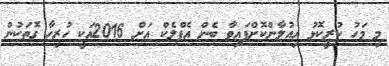
މި މަހު ކުރީކޮޅު އިއުލާންކޮށްފައިވާ ބެން އެފްލެކް އަށް 2016އަކީ ހުރިހާ ގޮތަކުން